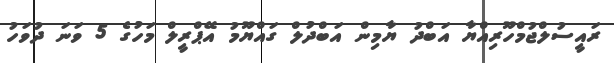
ރައީސުލްޖުމްހޫރިއްޔާ އަބްދު ޔާމިން އަބްދުލް ގައްޔޫމު އޭޕްރީލް މަހުގެ 5 ވަނަ ދުވަހު